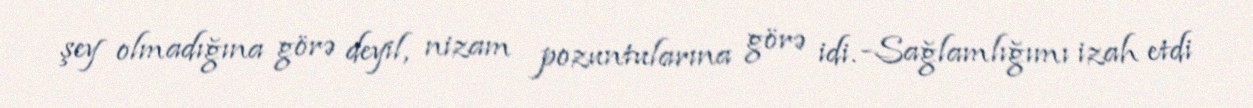
şey olmadığına görə deyil, nizam pozuntularına görə idi. -Sağlamlığımı izah etdi